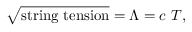
\sqrt { \mathrm { s t r i n g ~ t e n s i o n } } = \Lambda = c ~ T ,